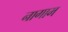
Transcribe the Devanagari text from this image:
नागाम